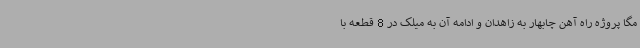
مگا پروژه راه آهن چابهار به زاهدان و ادامه آن به میلک در 8 قطعه با